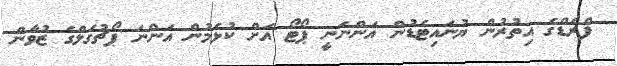
ފްރެޑްގެ އިތުރުން ޔުނައިޓެޑުން އަންނަނީ ޕޯޓޯ އަށް ކުޅެމުން އަންނަ ޕޯޗުގަލްގެ ޒުވާން